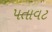
પતાવટ